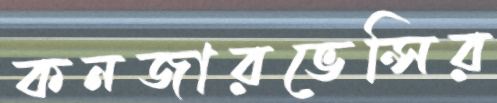
কনজারভেন্সির